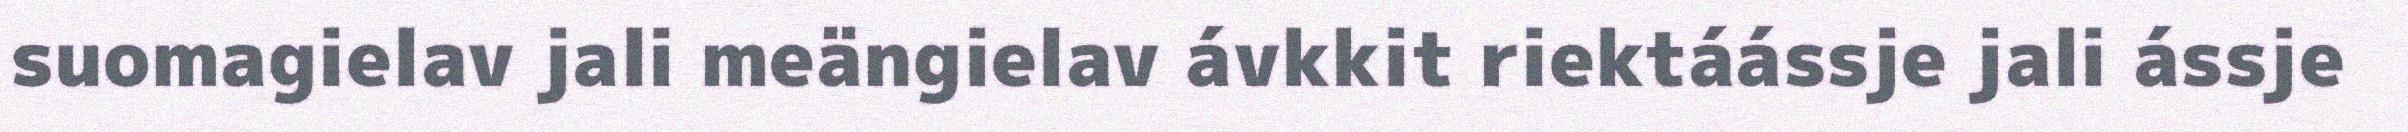
suomagielav jali meängielav ávkkit riektáássje jali ássje